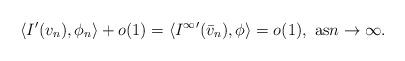
LaTeX: \begin{align*}\langle I'(v_n),\phi_n\rangle+o(1)=\langle {I^\infty}' (\bar v_n),\phi\rangle=o(1),\text{ as}n\rightarrow \infty.\end{align*}